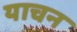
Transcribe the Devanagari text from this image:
याचन